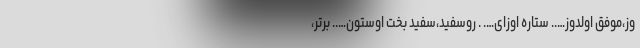
وز،موفق اولدوز….. ستاره اوزای…. . روسفید،سفید بخت اوستون….. برتر،